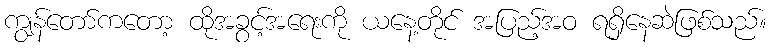
ကျွန်တော်ကတော့ ထိုအခွင့်အရေးကို ယနေ့တိုင် အပြည့်အဝ ရရှိနေဆဲဖြစ်သည်။